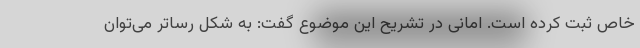
خاص ثبت کرده است. امانی در تشریح این موضوع گفت: به شکل رساتر می‌توان